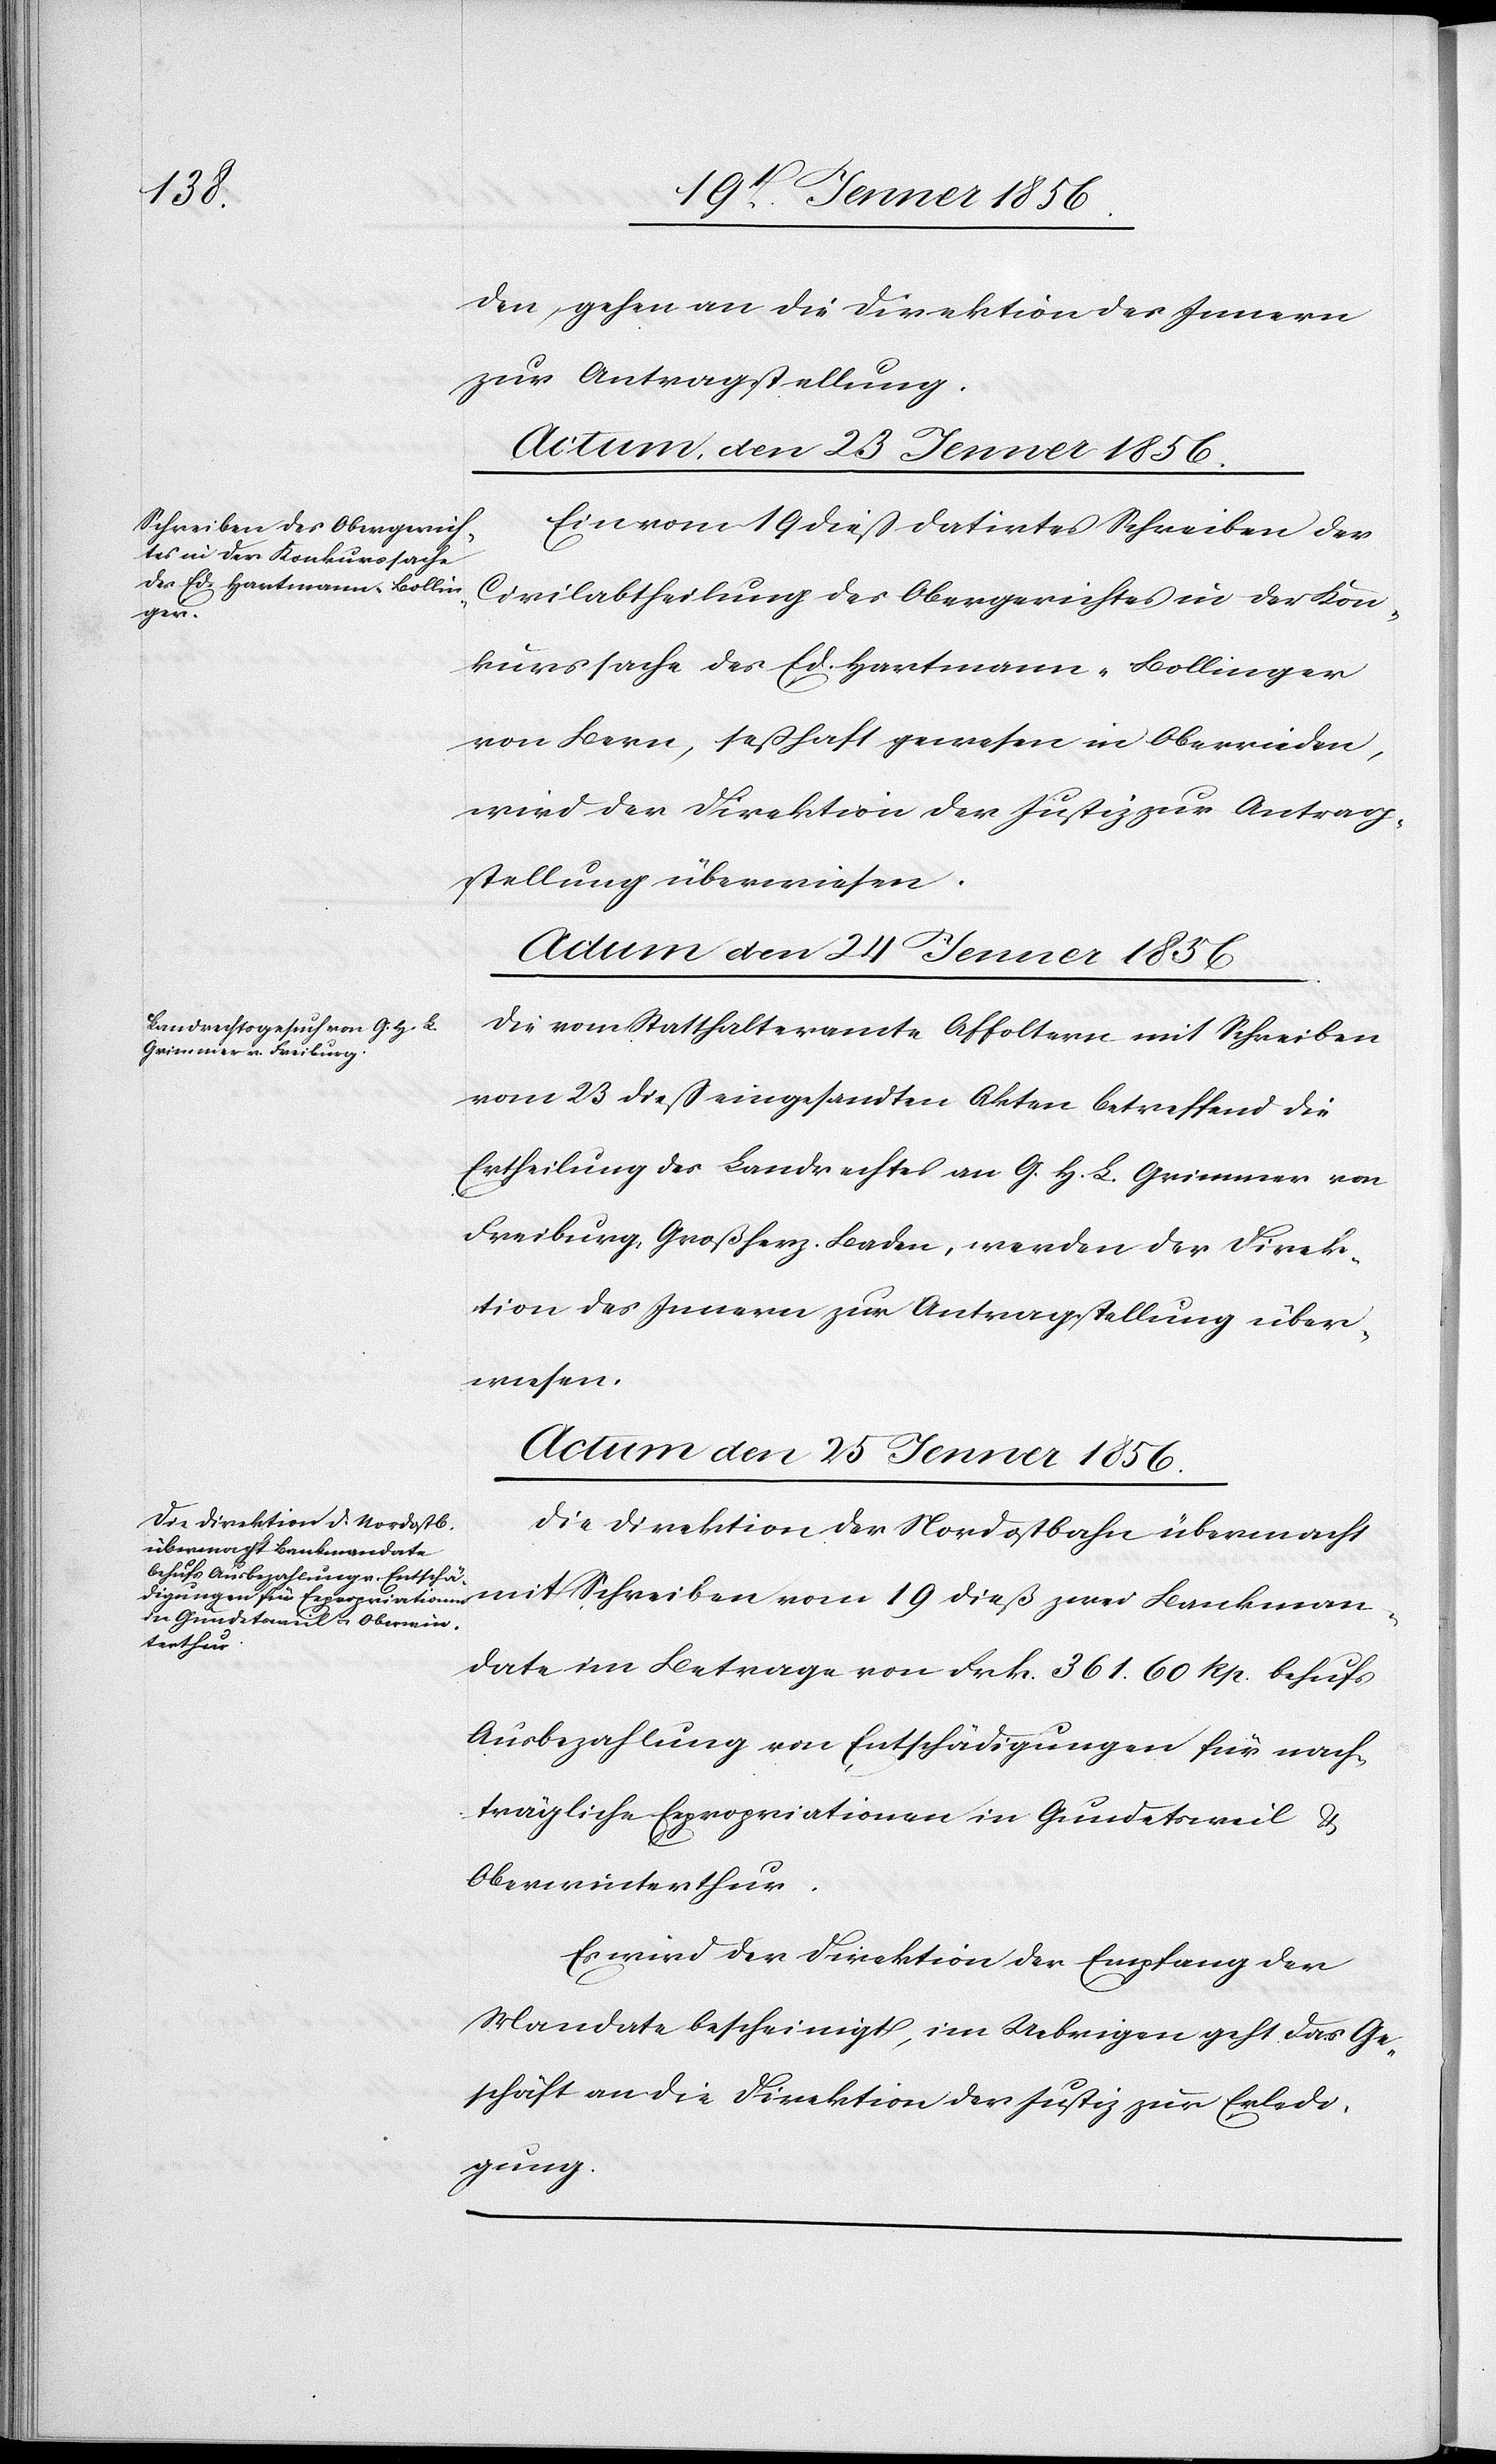
den, gehen an die Direktion des Innern
zur Antragstellung.
Actum, den 24 Jenner 1856
Ein vom 19 dieß datirtes Schreiben der
Civilabtheilung des Obergerichtes in der Kon¬
Bankman¬
kurssache des Ed. Hartmann-Bollinger
von Bern, seßhaft gewesen in Oberwieden,
wird der Direktion der Justiz zur Antrag¬
stellung überwiesen.
Die vom Statthalteramte Affoltern mit Schreiben
vom 23 dieß eingesandten Akten betreffend die
Ertheilung des Landrechtes an G. H. L. Grimmer von
Freiburg, Großherz. Baden, werden der Direk¬
tion des Innern zur Antragstellung über¬
wiesen.
Die Direktion der Nordostbahn übermacht
data im Betrage von Frk. 361.60 Rp. behufs
Ausbezahlung von Entschädigungen für nach¬
trägliche Expropriationen in Gundetsweil &
Oberwinterthur.
Es wird der Direktion der Empfang der
Mandate bescheinigt, im Uebrigen geht das Ge¬
schäft an die Direktion der Justiz zur Erledi¬
gung.